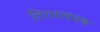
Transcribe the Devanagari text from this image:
तिरमलमब